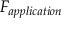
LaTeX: F _ { a p p l i c a t i o n }